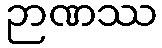
ဉာဏဿ